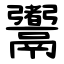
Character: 䰞